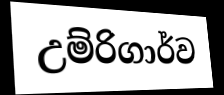
උම්රිගාර්ව